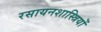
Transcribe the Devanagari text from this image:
रसायनशास्त्रियों